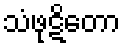
သံဖုဋိတော